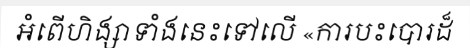
អំពើហិង្សាទាំងនេះទៅលើ «ការបះបោរដ៏